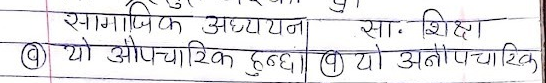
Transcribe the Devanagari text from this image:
सामाजिक अध्ययन सा: शिक्षा
(ब) यो औपचारिक हुन्छा। (ग) यो अनौपचारिक